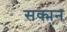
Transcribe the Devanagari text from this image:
सक्मन